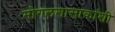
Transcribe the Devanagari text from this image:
मोगलशासाकांशी